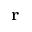
\mathbf { r }